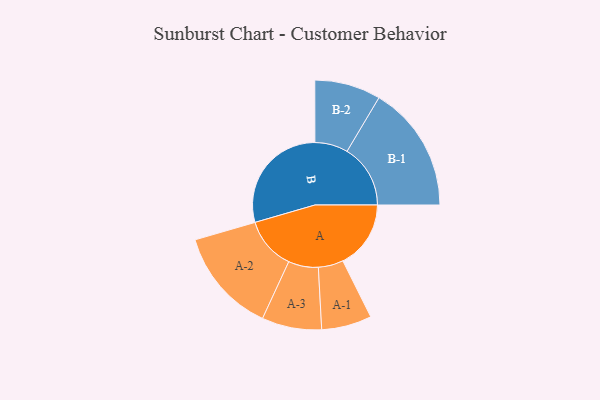
{"axis": {"x": "Segment", "y": "Value"}, "legend": ["", "A", "B"], "data": [{"x": "A", "y": 298, "type": ""}, {"x": "B", "y": 498, "type": ""}, {"x": "A-1", "y": 110, "type": "A"}, {"x": "A-2", "y": 230, "type": "A"}, {"x": "A-3", "y": 131, "type": "A"}, {"x": "B-1", "y": 278, "type": "B"}, {"x": "B-2", "y": 145, "type": "B"}]}